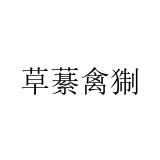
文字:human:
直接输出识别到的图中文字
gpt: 草藄禽猘